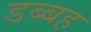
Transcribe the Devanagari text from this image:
डब्बह